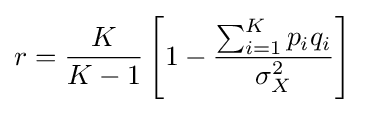
r={\frac {K}{K-1}}\left[1-{\frac {\sum _{i=1}^{K}p_{i}q_{i}}{\sigma _{X}^{2}}}\right]